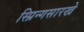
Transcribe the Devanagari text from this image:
स्प्रिन्गसारखे